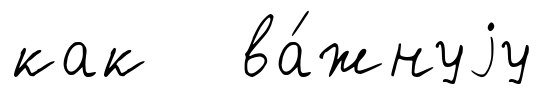
как ва́жнуjу